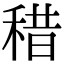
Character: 稓